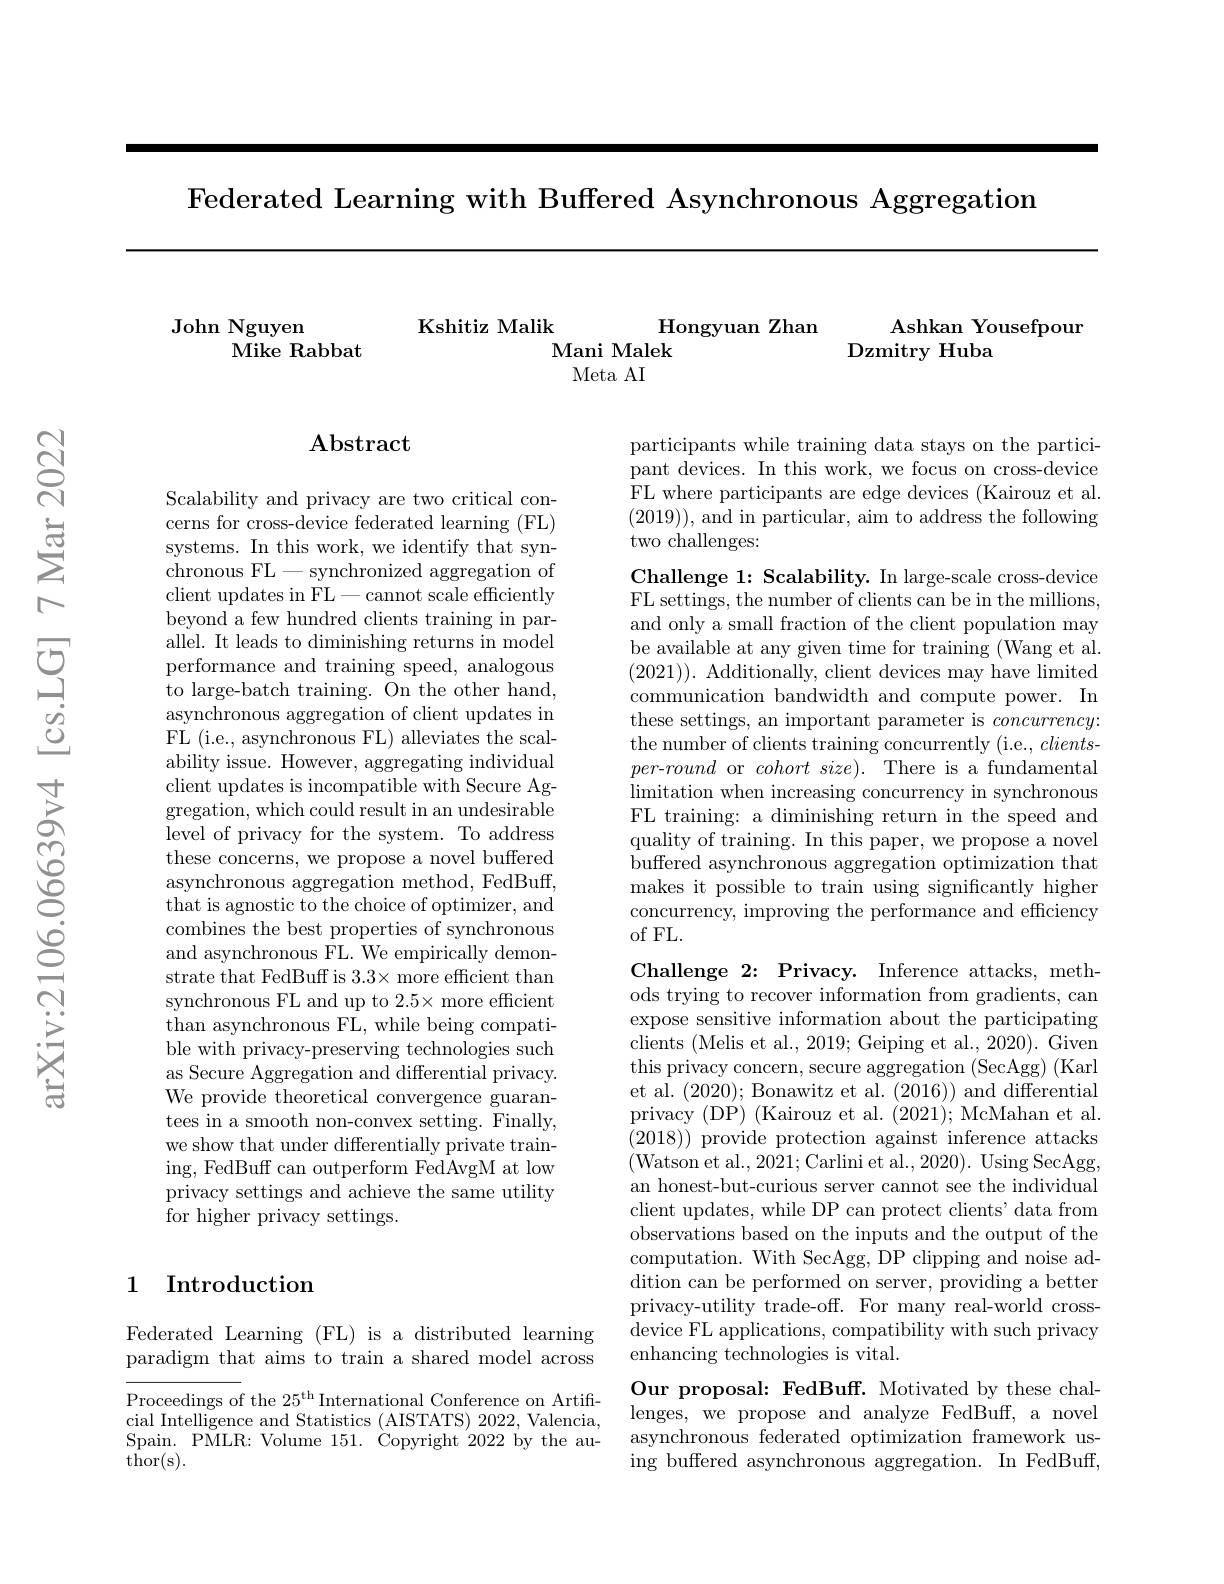
Federated Learning with Buffered Asynchronous Aggregation

John Nguyen
Mike Rabbat

Ashkan Yousefpour
Dzmitry Huba

Kshitiz Malik
Hongyuan Zhan
Mani Malek
Meta AI

## $\mathbf{Abstract}$

participants while training data stays on the participant devices. In this work, we focus on cross-device FL where participants are edge devices (Kairouz et al. (2019)), and in particular, aim to address the following ${\mathrm{two~challenges:}}$

Challenge 1: Scalability. In large-scale cross-device FL settings, the number of clients can be in the millions, and only a small fraction of the client population may be available at any given time for training (Wang et al. (2021)). Additionally, client devices may have limited communication bandwidth and compute power. In these settings, an important parameter is concurrency: the number of clients training concurrently (i.e., clientsper-round or $cohort\textit{size}) .$ There is a fundamental limitation when increasing concurrency in synchronous FL training: a diminishing return in the speed and quality of training. In this paper, we propose a novel buffered asynchronous aggregation optimization that makes it possible to train using significantly higher concurrency, improving the performance and efficiency of FL.

Scalability and privacy are two critical concerns for cross-device federated learning (FL) systems. In this work, we identify that synchronous FL-synchronized aggregation of client updates in FL-cannot scale efficiently beyond a few hundred clients training in parallel. It leads to diminishing returns in model performance and training speed, analogous to large-batch training. On the other hand, asynchronous aggregation of client updates in FL (i.e., asynchronous FL) alleviates the scalability issue. However, aggregating individual client updates is incompatible with Secure Aggregation, which could result in an undesirable level of privacy for the system. To address these concerns, we propose a novel buffered asynchronous aggregation method, FedBuff, that is agnostic to the choice of optimizer, and combines the best properties of synchronous and asynchronous FL. We empirically demonstrate that FedBuff is 3.3× more efficient than synchronous FL and up to 2.5× more efficient than asynchronous FL, while being compatible with privacy-preserving technologies such as Secure Aggregation and differential privacy. We provide theoretical convergence guarantees in a smooth non-convex setting. Finally, we show that under differentially private training, FedBuff can outperform FedAvgM at low privacy settings and achieve the same utility ${\tilde{\text{for higher privacy settings.}}}$

Challenge 2: Privacy. Inference attacks, methods trying to recover information from gradients, can expose sensitive information about the participating clients (Melis et al., 2019; Geiping et al., 2020). Given this privacy concern, secure aggregation (SecAgg) (Karl et al. (2020); Bonawitz et al. (2016)) and differential privacy (DP) (Kairouz et al. (2021); McMahan et al. $(2018)){\mathrm{~provide~protection~against~inference~attacks}}$ (Watson et al.,2021;Carlini et al.,2020).Using SecAgg, an honest-but-curious server cannot see the individual client updates, while DP can protect clients' data from observations based on the inputs and the output of the computation. With SecAgg, DP clipping and noise ad- ${\mathrm{dition~can~be~performed~on~server,~providing~a~better}}$ privacy-utility trade-off. For many real-world crossdevice FL applications, compatibility with such privacy enhancing technologies is vital.

### 1 Introduction

Federated Learning (FL) is a distributed learning paradigm that aims to train a shared model across

Our proposal: FedBuff. Motivated by these challenges, we propose and analyze FedBuff, a novel asynchronous federated optimization framework using buffered asynchronous aggregation. In FedBuff

Proceedings of the $25^\mathrm{th}$International Conference on Artificial Intelligence and Statistics ( AISTATS) 2022, Valencia, Spain. PMLR: Volume 151. Copyright 2022 by the au- ${\hat{\mathrm{thor(s).}}}$